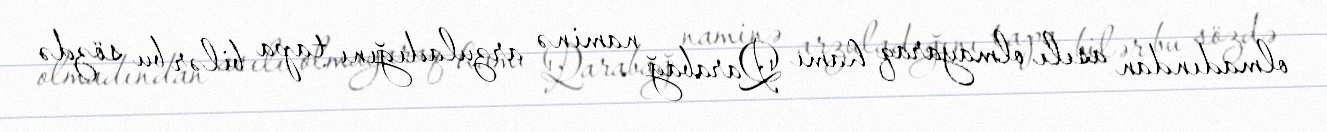
olmadından asılı olmayaraq hamı Qarabağ naminə arzuladığını tapa bilər bu sözdə